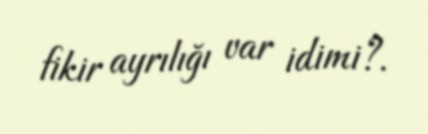
fikir ayrılığı var idimi?.